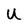
Character: U